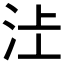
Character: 𱥿